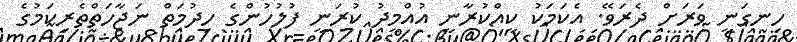
ހިނގަނީ ވަރަށް ދެރަވޭ. އެކަމަކު ކީއްކުރާނީ އުއްމީދު ކުރަނީ ފުލުހުންގެ ހިދުމަތް ނަޖާހަތްތެރިކަމުގެ